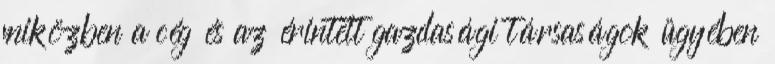
miközben a cég és az érintett gazdasági társaságok ügyében